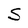
Character: S